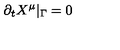
\partial _ { t } X ^ { \mu } | _ { \Gamma } = 0